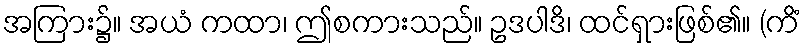
အကြား၌။ အယံ ကထာ၊ ဤစကားသည်။ ဥဒပါဒိ၊ ထင်ရှားဖြစ်၏။ (ကိံ